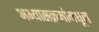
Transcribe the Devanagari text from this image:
अभ्यासक्रमांमधून